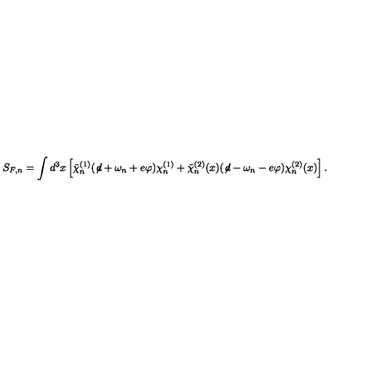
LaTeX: S _ { F , n } = \int d ^ { 3 } x \left[ { \bar { \chi } } _ { n } ^ { ( 1 ) } ( \not \! d + \omega _ { n } + e \varphi ) \chi _ { n } ^ { ( 1 ) } + { \bar { \chi } } _ { n } ^ { ( 2 ) } ( x ) ( \not \! d - \omega _ { n } - e \varphi ) \chi _ { n } ^ { ( 2 ) } ( x ) \right] .